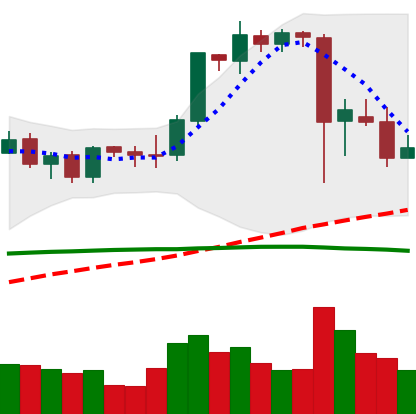
Ticker: ETH-USD
Chart end date: 2021-09-11
Forward return: 9.205%
Label: up_7plus